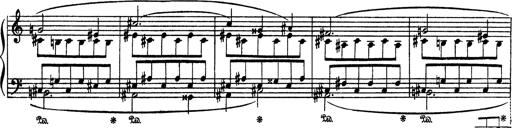
Title: AnnÃ©es de PÃ¨lerinage III
Composer: Franz Liszt